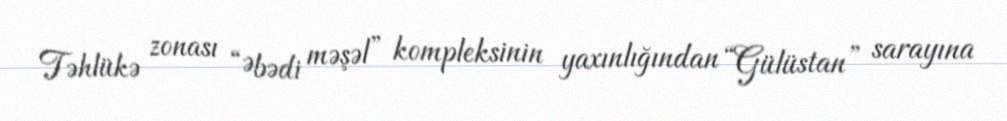
Təhlükə zonası “Əbədi məşəl” kompleksinin yaxınlığından “Gülüstan” sarayına